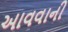
આવવાની